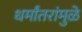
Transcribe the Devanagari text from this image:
धर्मांतरांमुळे